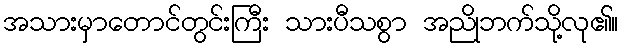
အသားမှာတောင်တွင်းကြီး သားပီသစွာ အညိုဘက်သို့လု၏။